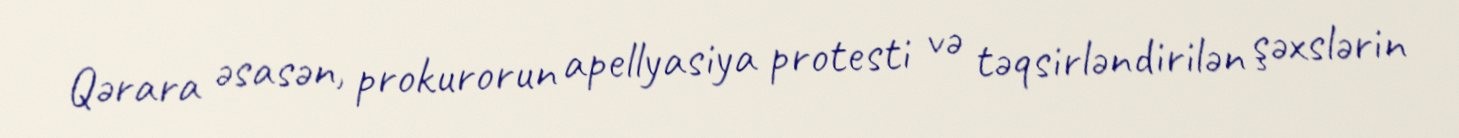
Qərara əsasən, prokurorun apellyasiya protesti və təqsirləndirilən şəxslərin